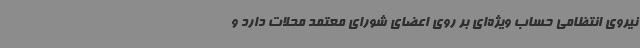
نیروی انتظامی حساب ویژه‌ای بر روی اعضای شورای معتمد محلات دارد و